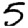
Digit: 5